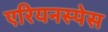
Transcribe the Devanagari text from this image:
एरियनस्पेस